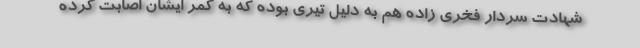
شهادت سردار فخری زاده هم به دلیل تیری بوده که به کمر ایشان اصابت کرده